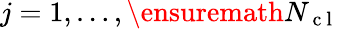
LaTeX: j=1,\ldots,\ensuremath{{N_{\mathrm{~c~l~}}}}